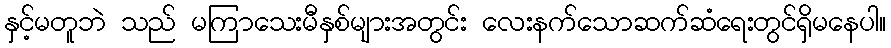
နှင့်မတူဘဲ သည် မကြာသေးမီနှစ်များအတွင်း လေးနက်သောဆက်ဆံရေးတွင်ရှိမနေပါ။